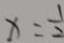
x = \frac { 1 } { 2 }